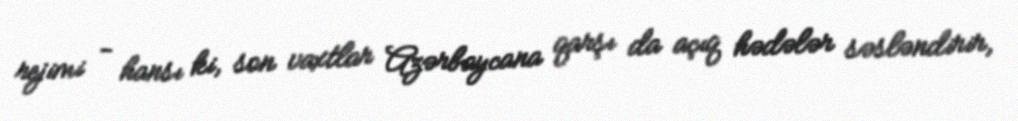
rejimi - hansı ki, son vaxtlar Azərbaycana qarşı da açıq hədələr səsləndirir,